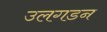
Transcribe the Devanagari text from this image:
उलगडन